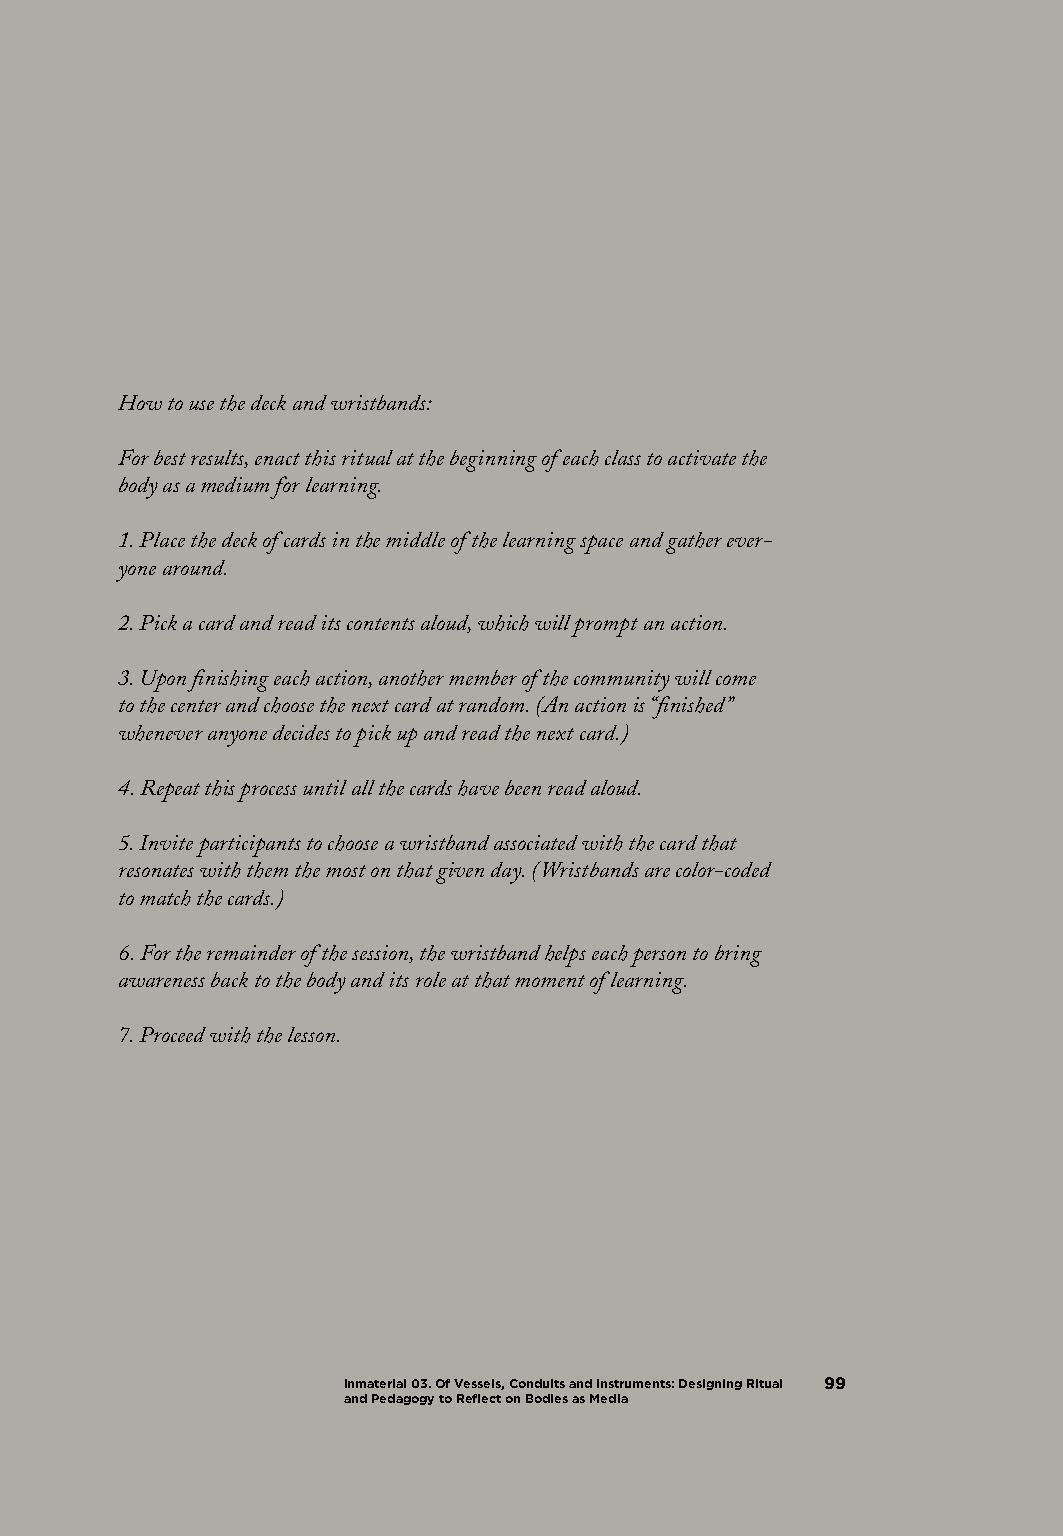
How to use the deck and wristbands:
 For best results, enact this ritual at the beginning of each class to activate the
 body as a medium for learning.
 1. Place the deck of cards in the middle of the learning space and gather ever-
 yone around.
 2. Pick a card and read its contents aloud, which will prompt an action.
 3. Upon finishing each action, another member of the community will come
 to the center and choose the next card at random. (An action is “finished”
 whenever anyone decides to pick up and read the next card.)
 4. Repeat this process until all the cards have been read aloud.
 5. Invite participants to choose a wristband associated with the card that
 resonates with them the most on that given day. (Wristbands are color-coded
 to match the cards.)
 6. For the remainder of the session, the wristband helps each person to bring
 awareness back to the body and its role at that moment of learning.
 7. Proceed with the lesson.
 Inmaterial 03. Of Vessels, Conduits and Instruments: Designing Ritual 99
 and Pedagogy to Reflect on Bodies as Media